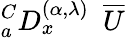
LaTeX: _{a}^{C}D_{x}^{(\alpha,{\lambda})}~~\overline{{U}}